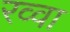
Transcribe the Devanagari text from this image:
रव्वा